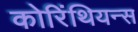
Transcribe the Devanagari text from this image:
कोरिंथियन्स